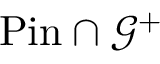
{ \operatorname { P i n } } \cap { \mathcal { G } } ^ { + }